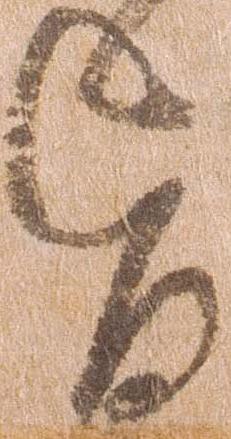
旨